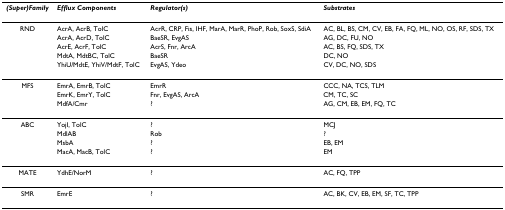
<table><thead><tr><td><b><i>(Super)Family</i></b></td><td><b><i>Efflux Components</i></b></td><td><b><i>Regulator(s)</i></b></td><td><b><i>Substrates</i></b></td></tr></thead><tbody><tr><td>RND</td><td>AcrA, AcrB, TolC</td><td>AcrR, CRP, Fis, IHF, MarA, MarR, PhoP, Rob, SoxS, SdiA</td><td>AC, BL, BS, CM, CV, EB, FA, FQ, ML, NO, OS, RF, SDS, TX</td></tr><tr><td></td><td>AcrA, AcrD, TolC</td><td>BaeSR, EvgAS</td><td>AG, DC, FU, NO</td></tr><tr><td></td><td>AcrE, AcrF, TolC</td><td>AcrS, Fnr, ArcA</td><td>AC, BS, FQ, SDS, TX</td></tr><tr><td></td><td>MdtA, MdtBC, TolC</td><td>BaeSR</td><td>DC, NO</td></tr><tr><td></td><td>YhiU/MdtE, YhiV/MdtF, TolC</td><td>EvgAS, Ydeo</td><td>CV, DC, NO, SDS</td></tr><tr><td>MFS</td><td>EmrA, EmrB, TolC</td><td>EmrR</td><td>CCC, NA, TCS, TLM</td></tr><tr><td></td><td>EmrK, EmrY, TolC</td><td>Fnr, EvgAS, ArcA</td><td>CM, TC, SC</td></tr><tr><td></td><td>MdfA/Cmr</td><td>?</td><td>AG, CM, EB, EM, FQ, TC</td></tr><tr><td>ABC</td><td>YojI, TolC</td><td>?</td><td>MCJ</td></tr><tr><td></td><td>MdlAB</td><td>Rob</td><td>?</td></tr><tr><td></td><td>MsbA</td><td>?</td><td>EB, EM</td></tr><tr><td></td><td>MacA, MacB, TolC</td><td>?</td><td>EM</td></tr><tr><td>MATE</td><td>YdhE/NorM</td><td>?</td><td>AC, FQ, TPP</td></tr><tr><td>SMR</td><td>EmrE</td><td>?</td><td>AC, BK, CV, EB, EM, SF, TC, TPP</td></tr></tbody></table>